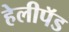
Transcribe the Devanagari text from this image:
हेलीपॅड